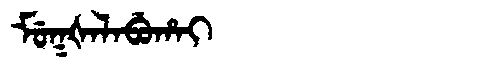
Manchu: ᠮᡠᡴᡧᠠᠯᠠᠪᡠᡥᠠᡳ
Romanization: MUKŠALABUHAI